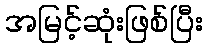
အမြင့်ဆုံးဖြစ်ပြီး